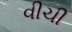
વીચી